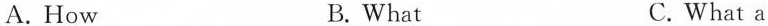
A. How B. What C. What a